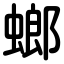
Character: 螂